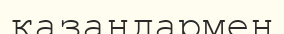
қазандармен